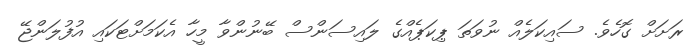
ރަށަށް ގޮހެވެ. ސައިކަލެއް ނުވަތަ ޕިކަޕެއްގެ ލައިސަންސް ބޭނުންވާ މީހާ އެކަމަށްޓަކައި އުފުލަންޖޭ